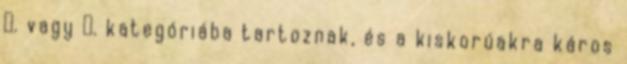
Ⅴ. vagy Ⅵ. kategóriába tartoznak, és a kiskorúakra káros